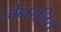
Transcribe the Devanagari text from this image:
जेनरलिस